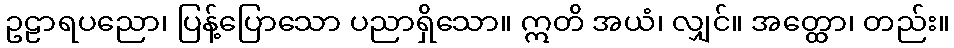
ဥဠာရပညော၊ ပြန့်ပြောသော ပညာရှိသော။ ဣတိ အယံ၊ လျှင်။ အတ္ထော၊ တည်း။